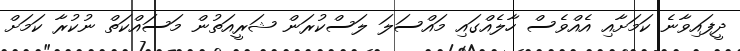
ދީފައިވާނެ ކަމަށާއި އެއްވެސް ހާލެއްގައި މައްސަލަ ލަސްކުރަން ޝަރީއަތުން މަސައްކަތް ނުކުރާ ކަމަށް